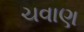
ચવાણ